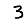
Digit: 3